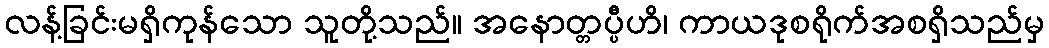
လန့်ခြင်းမရှိကုန်သော သူတို့သည်။ အနောတ္တပ္ပီဟိ၊ ကာယဒုစရိုက်အစရှိသည်မှ